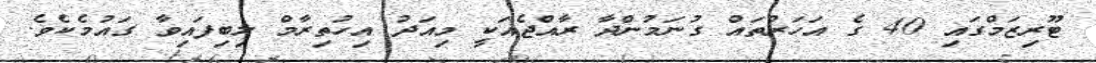
ޓޫރިޒަމްގައި 40 ގެ އަހަރުތައް ގުނަމުންދާ ރާއްޖެއަކީ މިއަދު އިހުތިރާމް ލިބިފައިވާ ގައުމެކެވެ.